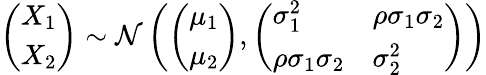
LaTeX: {\left(\begin{array}{l}{X_{1}}\\ {X_{2}}\end{array}\right)}\sim{\mathcal{N}}\left({\left(\begin{array}{l}{\mu_{1}}\\ {\mu_{2}}\end{array}\right)},{\left(\begin{array}{ll}{\sigma_{1}^{2}}&{\rho\sigma_{1}\sigma_{2}}\\ {\rho\sigma_{1}\sigma_{2}}&{\sigma_{2}^{2}}\end{array}\right)}\right)